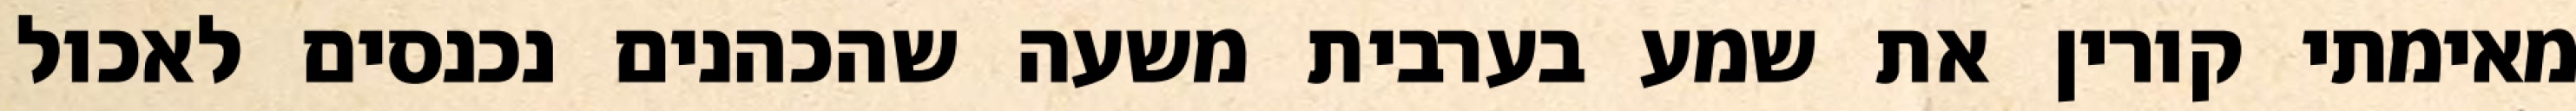
מאימתי קורין את שמע בערבית משעה שהכהנים נכנסים לאכול